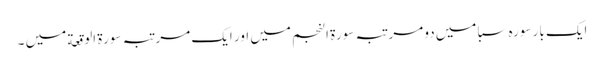
ایک بار سورہ سبا میں دو مر تبہ سورة النجم میں اور ایک مرتبہ سورة الوقعة میں ۔